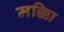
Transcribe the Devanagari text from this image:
मक्काि